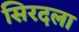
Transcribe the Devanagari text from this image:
सिरदला